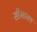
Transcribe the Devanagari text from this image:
सीमास्थ